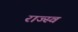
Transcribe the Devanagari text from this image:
राज्स्व